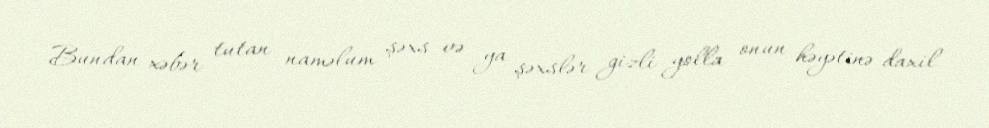
Bundan xəbər tutan naməlum şəxs və ya şəxslər gizli yolla onun həyətinə daxil